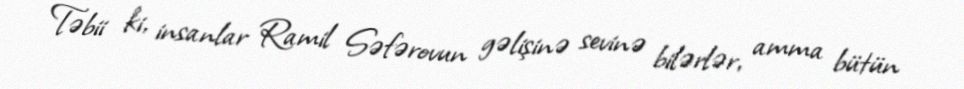
Təbii ki, insanlar Ramil Səfərovun gəlişinə sevinə bilərlər, amma bütün